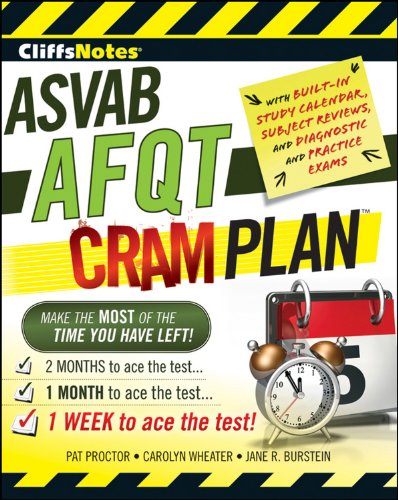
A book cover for CliffsNotes ASVAB AFQT Cram Plan (Cliffsnotes Cram Plan); Pat Proctor; Test Preparation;